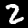
Label: 2